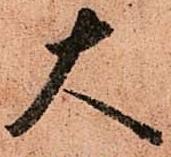
大